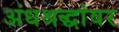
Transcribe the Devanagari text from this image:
अंधश्रद्धांवर